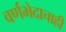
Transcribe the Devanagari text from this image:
वर्णभेदाचाही